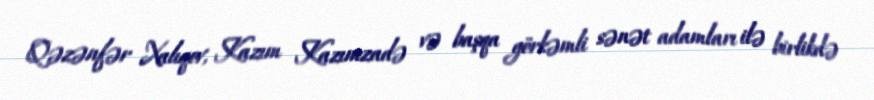
Qəzənfər Xalıqov, Kazım Kazımzadə və başqa görkəmli sənət adamları ilə birlikdə